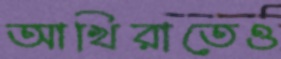
আখিরাতেও